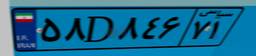
۵۸D۸۴۶۷۱